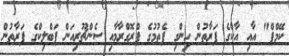
ކޭމްޕް" އާއި އާކްގެ ފަރާތުން ހިންގި ފެތުމުގެ ޕްރޮގްރާމާއި ސެންޗޫރިއަން ޕަބްލިކްގެ ފަރާތުން